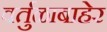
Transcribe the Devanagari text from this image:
वर्तुळाबाहेर